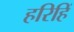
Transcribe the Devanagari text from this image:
हरिहिं